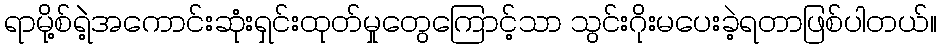
ရာမို့စ်ရဲဲ့အကောင်းဆုံးရှင်းထုတ်မှုတွေကြောင့်သာ သွင်းဂိုးမပေးခဲ့ရတာဖြစ်ပါတယ်။